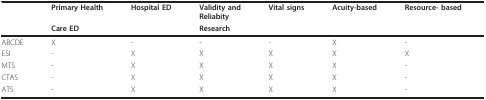
|  | Primary Health | Hospital ED | Validity andReliabity | Vital signs | Acuity-based | Resource- based |
 |  | Care ED |  | Research |  |  |  |
 | --- | --- | --- | --- | --- | --- | --- |
 | ABCDE | X | - | - | - | X | - |
 | ESI | - | X | X | X | X | X |
 | MTS | - | X | X | X | X | - |
 | CTAS | - | X | X | X | X | - |
 | ATS | - | X | X | X | X | - |